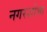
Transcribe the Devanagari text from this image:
नगरशोभा